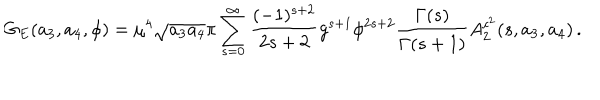
G _ { E } ( a _ { 3 } , a _ { 4 } , \phi ) = \mu ^ { 4 } \sqrt { a _ { 3 } a _ { 4 } } \pi \sum _ { s = 0 } ^ { \infty } \frac { ( - 1 ) ^ { s + 2 } } { 2 s + 2 } g ^ { s + 1 } \phi ^ { 2 s + 2 } \frac { \Gamma ( s ) } { \Gamma ( s + 1 ) } A _ { 2 } ^ { c ^ { 2 } } ( s , a _ { 3 } , a _ { 4 } ) \, .